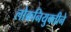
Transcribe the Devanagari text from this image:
लोकनियुक्तीने